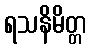
ရသနိမိတ္တ